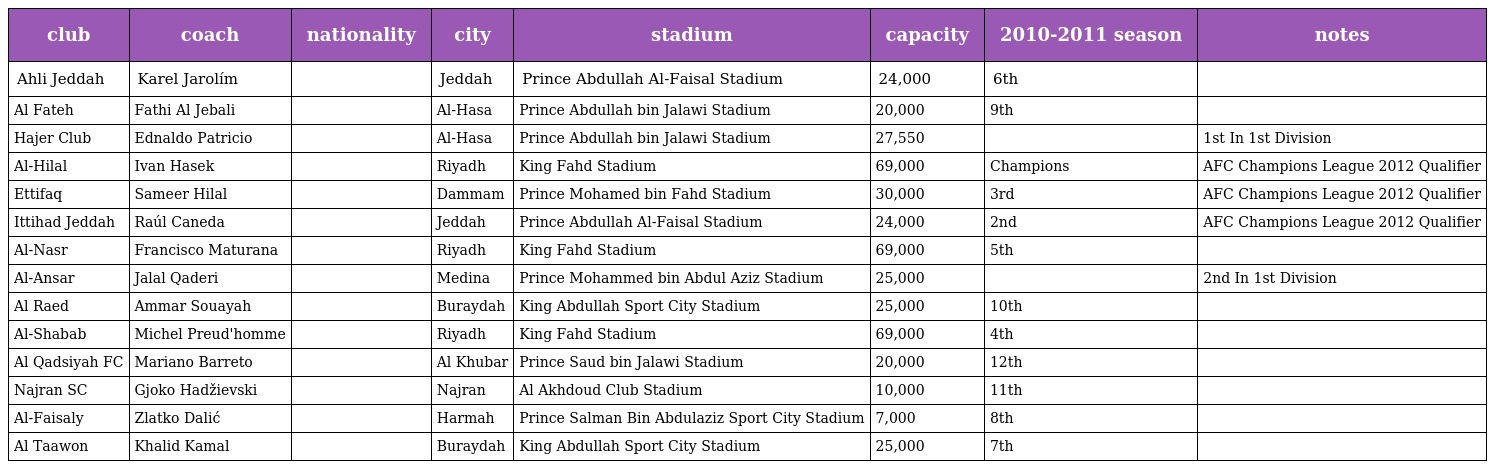
| club | coach | nationality | city | stadium | capacity | 2010-2011 season | notes |
 | --- | --- | --- | --- | --- | --- | --- | --- |
 | Ahli Jeddah | Karel Jarolím |  | Jeddah | Prince Abdullah Al-Faisal Stadium | 24,000 | 6th |  |
 | Al Fateh | Fathi Al Jebali |  | Al-Hasa | Prince Abdullah bin Jalawi Stadium | 20,000 | 9th |  |
 | Hajer Club | Ednaldo Patricio |  | Al-Hasa | Prince Abdullah bin Jalawi Stadium | 27,550 |  | 1st In 1st Division |
 | Al-Hilal | Ivan Hasek |  | Riyadh | King Fahd Stadium | 69,000 | Champions | AFC Champions League 2012 Qualifier |
 | Ettifaq | Sameer Hilal |  | Dammam | Prince Mohamed bin Fahd Stadium | 30,000 | 3rd | AFC Champions League 2012 Qualifier |
 | Ittihad Jeddah | Raúl Caneda |  | Jeddah | Prince Abdullah Al-Faisal Stadium | 24,000 | 2nd | AFC Champions League 2012 Qualifier |
 | Al-Nasr | Francisco Maturana |  | Riyadh | King Fahd Stadium | 69,000 | 5th |  |
 | Al-Ansar | Jalal Qaderi |  | Medina | Prince Mohammed bin Abdul Aziz Stadium | 25,000 |  | 2nd In 1st Division |
 | Al Raed | Ammar Souayah |  | Buraydah | King Abdullah Sport City Stadium | 25,000 | 10th |  |
 | Al-Shabab | Michel Preud'homme |  | Riyadh | King Fahd Stadium | 69,000 | 4th |  |
 | Al Qadsiyah FC | Mariano Barreto |  | Al Khubar | Prince Saud bin Jalawi Stadium | 20,000 | 12th |  |
 | Najran SC | Gjoko Hadžievski |  | Najran | Al Akhdoud Club Stadium | 10,000 | 11th |  |
 | Al-Faisaly | Zlatko Dalić |  | Harmah | Prince Salman Bin Abdulaziz Sport City Stadium | 7,000 | 8th |  |
 | Al Taawon | Khalid Kamal |  | Buraydah | King Abdullah Sport City Stadium | 25,000 | 7th |  |